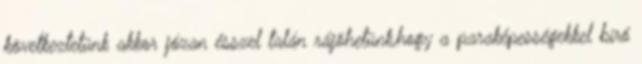
következtetünk akkor józan ésszel talán rájöhetünk,hogy a paraképességekkel bíró